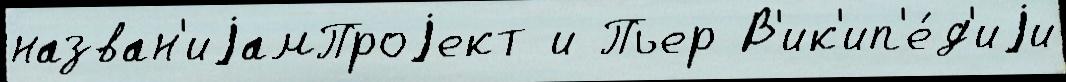
назван'иjамПроjект и Пьер В'ик'ип'е́д'иjи